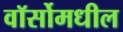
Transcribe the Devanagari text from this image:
वॉर्सोमधील